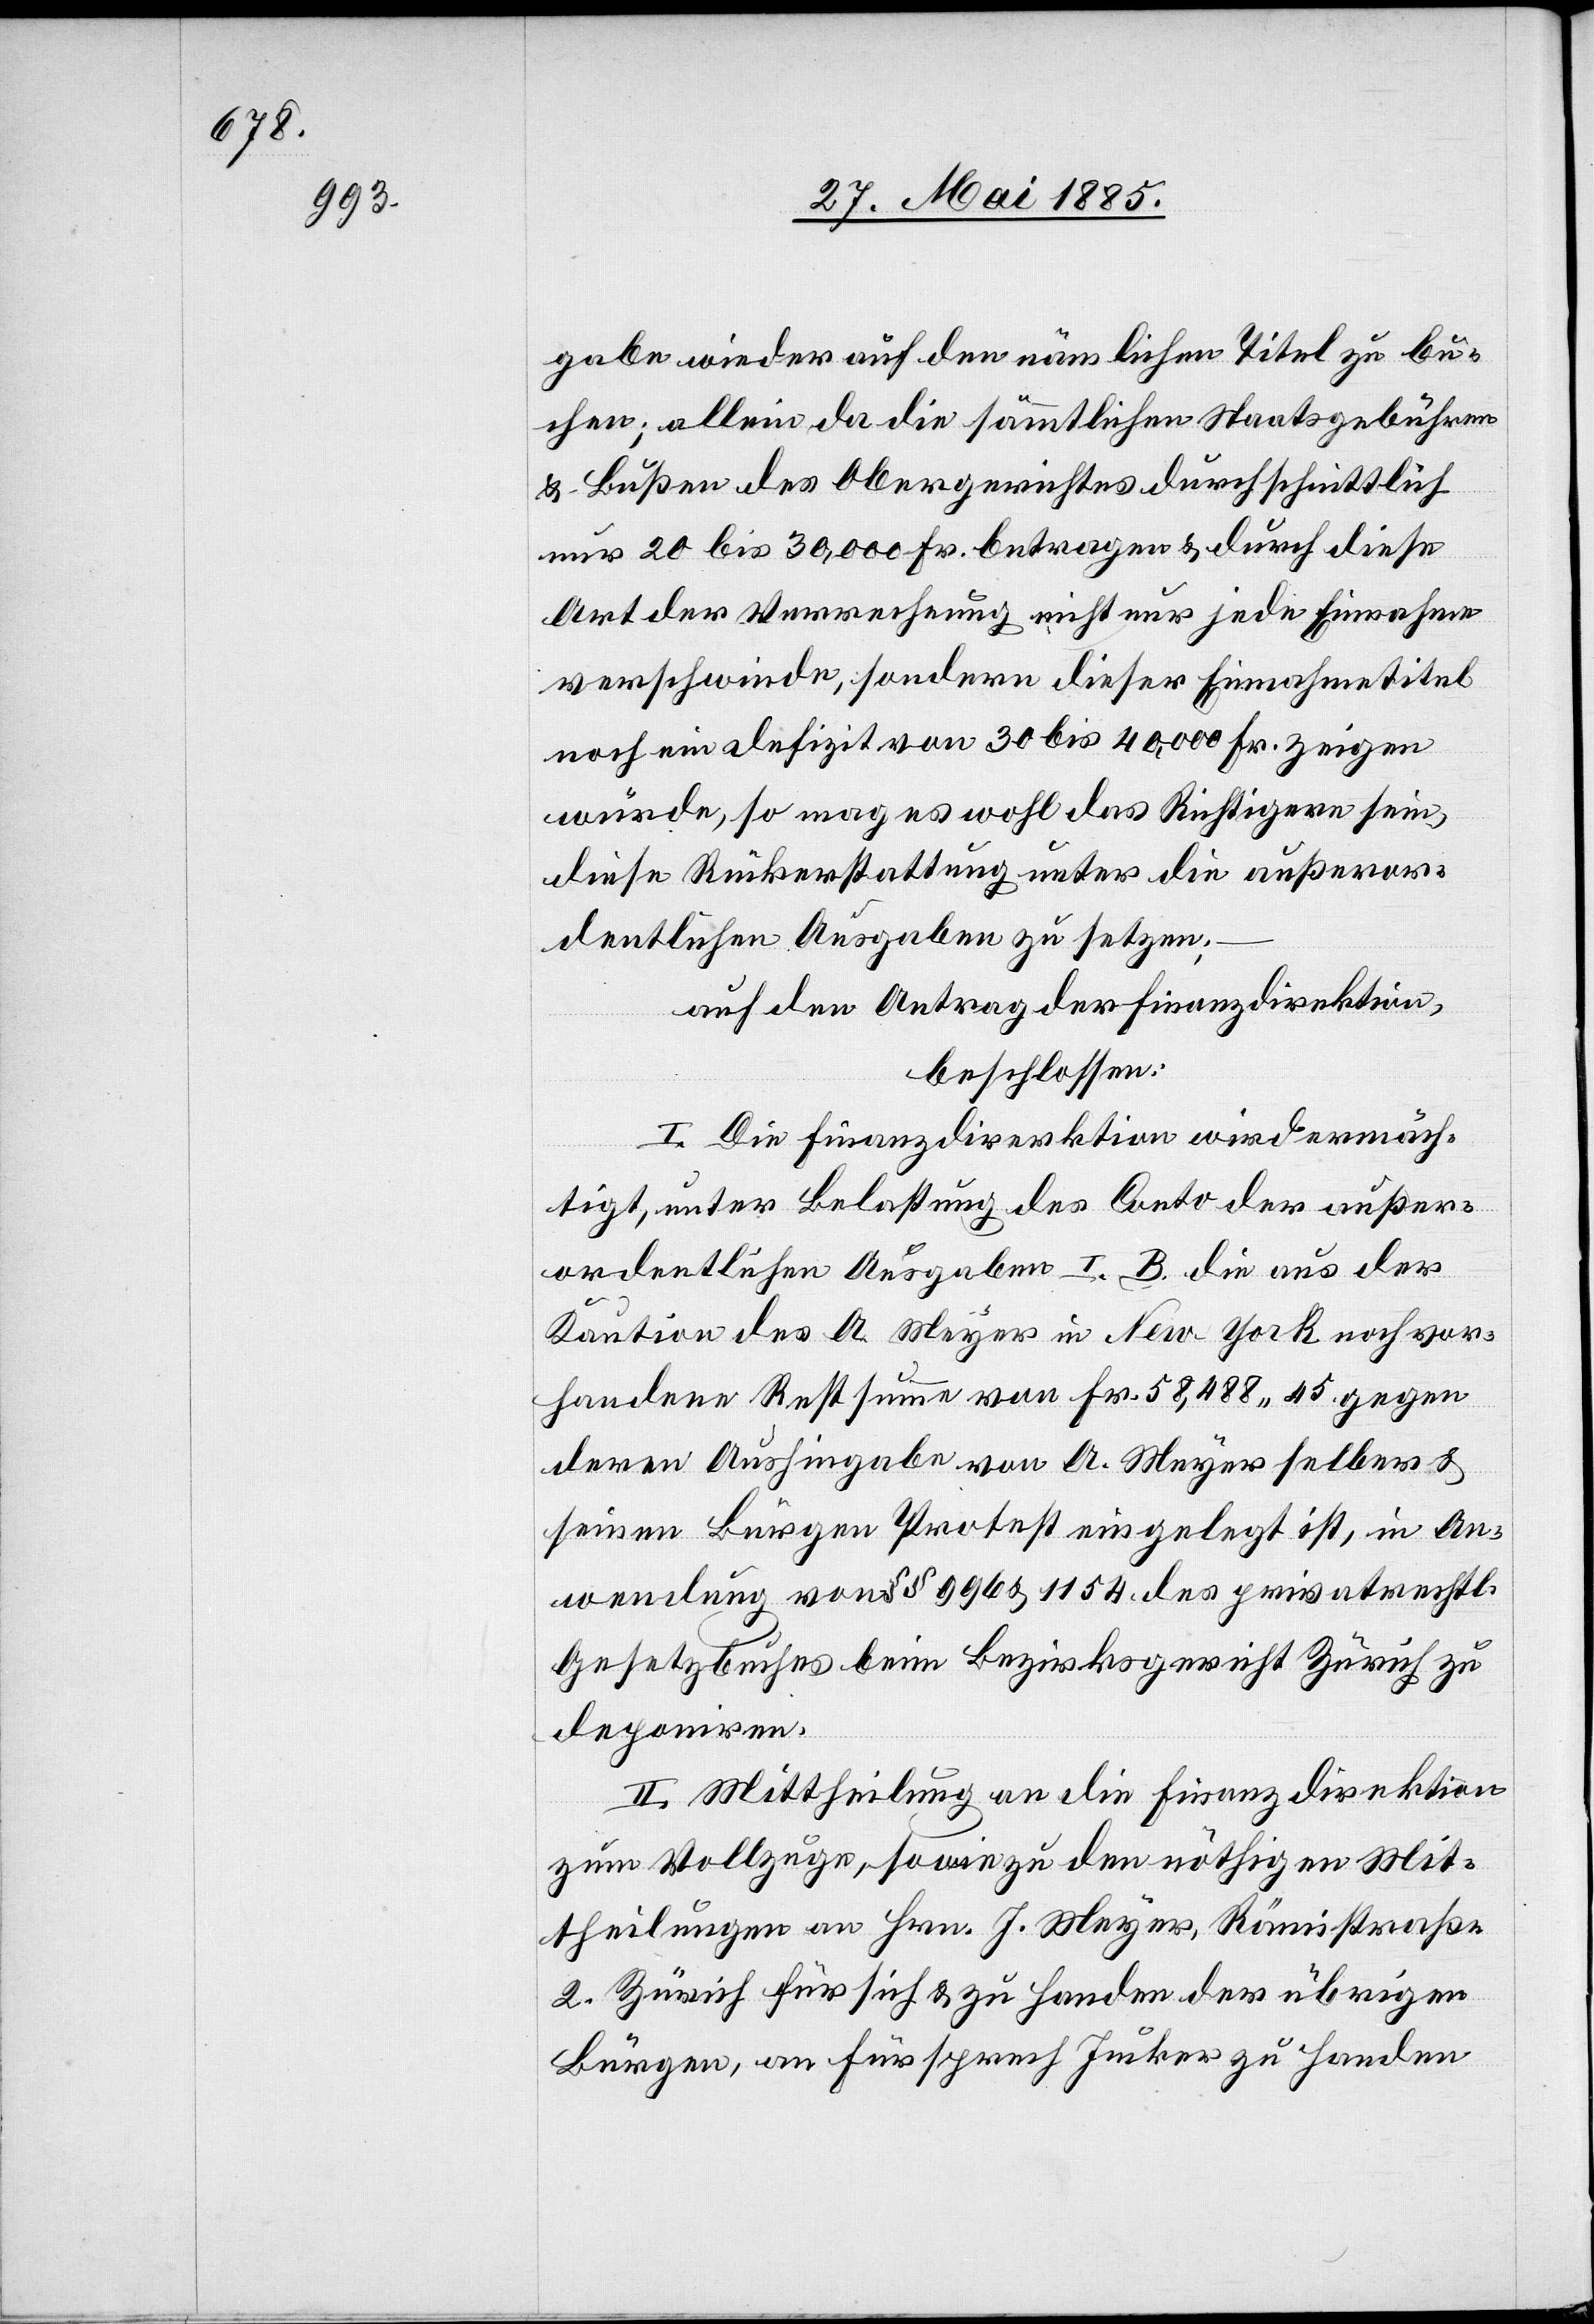
gabe wieder auf den nämlichen Titel zu bu¬
chen; allein da die sämmtlichen Staatsgebühren
& Bußen des Obergerichtes durchschnittlich
nur 20 bis 30,000 Fr. betragen & durch diese
Art der Verrechnung nicht nur jede Einnahme
verschwinde, sondern dieser Einnahmetitel
noch ein Defizit von 30 bis 40,000 Fr. zeigen
würde, so mag es wohl das Richtigere sein,
diese Rückerstattung unter die außeror¬
dentlichen Ausgaben zu setzen;
auf den Antrag der Finanzdirektion,
beschlossen:
I. Die Finanzdirektion wird ermäch¬
tigt, unter Belastung des Conto der außer¬
ordentlichen Ausgaben I. B. die aus der
Kaution des A. Meyer in New-York noch vor¬
handene Restsumme von Fr. 58,488 45 gegen
deren Aushingabe von A. Meyer selber &
seinen Bürgen Protest eingelegt ist, in An¬
wendung von §§ 996 & 1154 des privatrechtl.
Gesetzbuches beim Bezirksgericht Zürich zu
deponiren.
II. Mittheilung an die Finanzdirektion
zum Vollzuge, sowie zu den nöthigen Mit¬
theilungen an Hrn. J. Meyer, Rämistraße
2, Zürich für sich und zu Handen der übrigen
Bürgen, an Fürsprech Jucker zu Handen